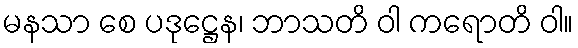
မနသာ စေ ပဒုဋ္ဌေန၊ ဘာသတိ ဝါ ကရောတိ ဝါ။